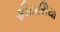
ફૌટાસિયા